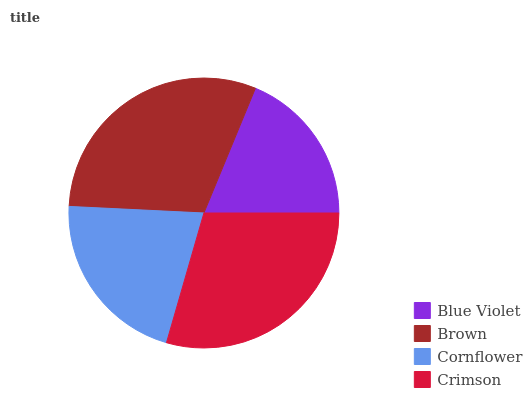
| Blue Violet | Brown | Cornflower | Crimson |
 | --- | --- | --- | --- |
 | 18.8% | 30.4% | 21.3% | 29.5% |